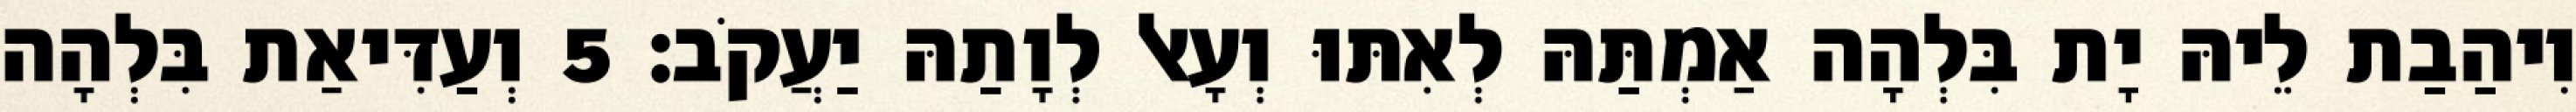
וִיהַבַת לֵיהּ יָת בִּלְהָה אַמְתַּהּ לְאִתּוּ וְעָאל לְוָתַהּ יַעֲקֹב׃ 5 וְעַדִּיאַת בִּלְהָה